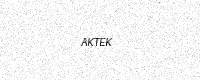
Text: AKTEK